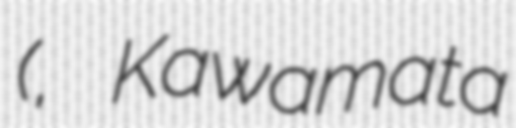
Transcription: (川又千秋, Kawamata